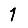
Digit: 1